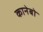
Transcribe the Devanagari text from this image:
कानेबो